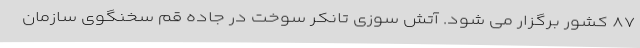
۸۷ کشور برگزار می شود. آتش سوزی تانکر سوخت در جاده قم سخنگوی سازمان